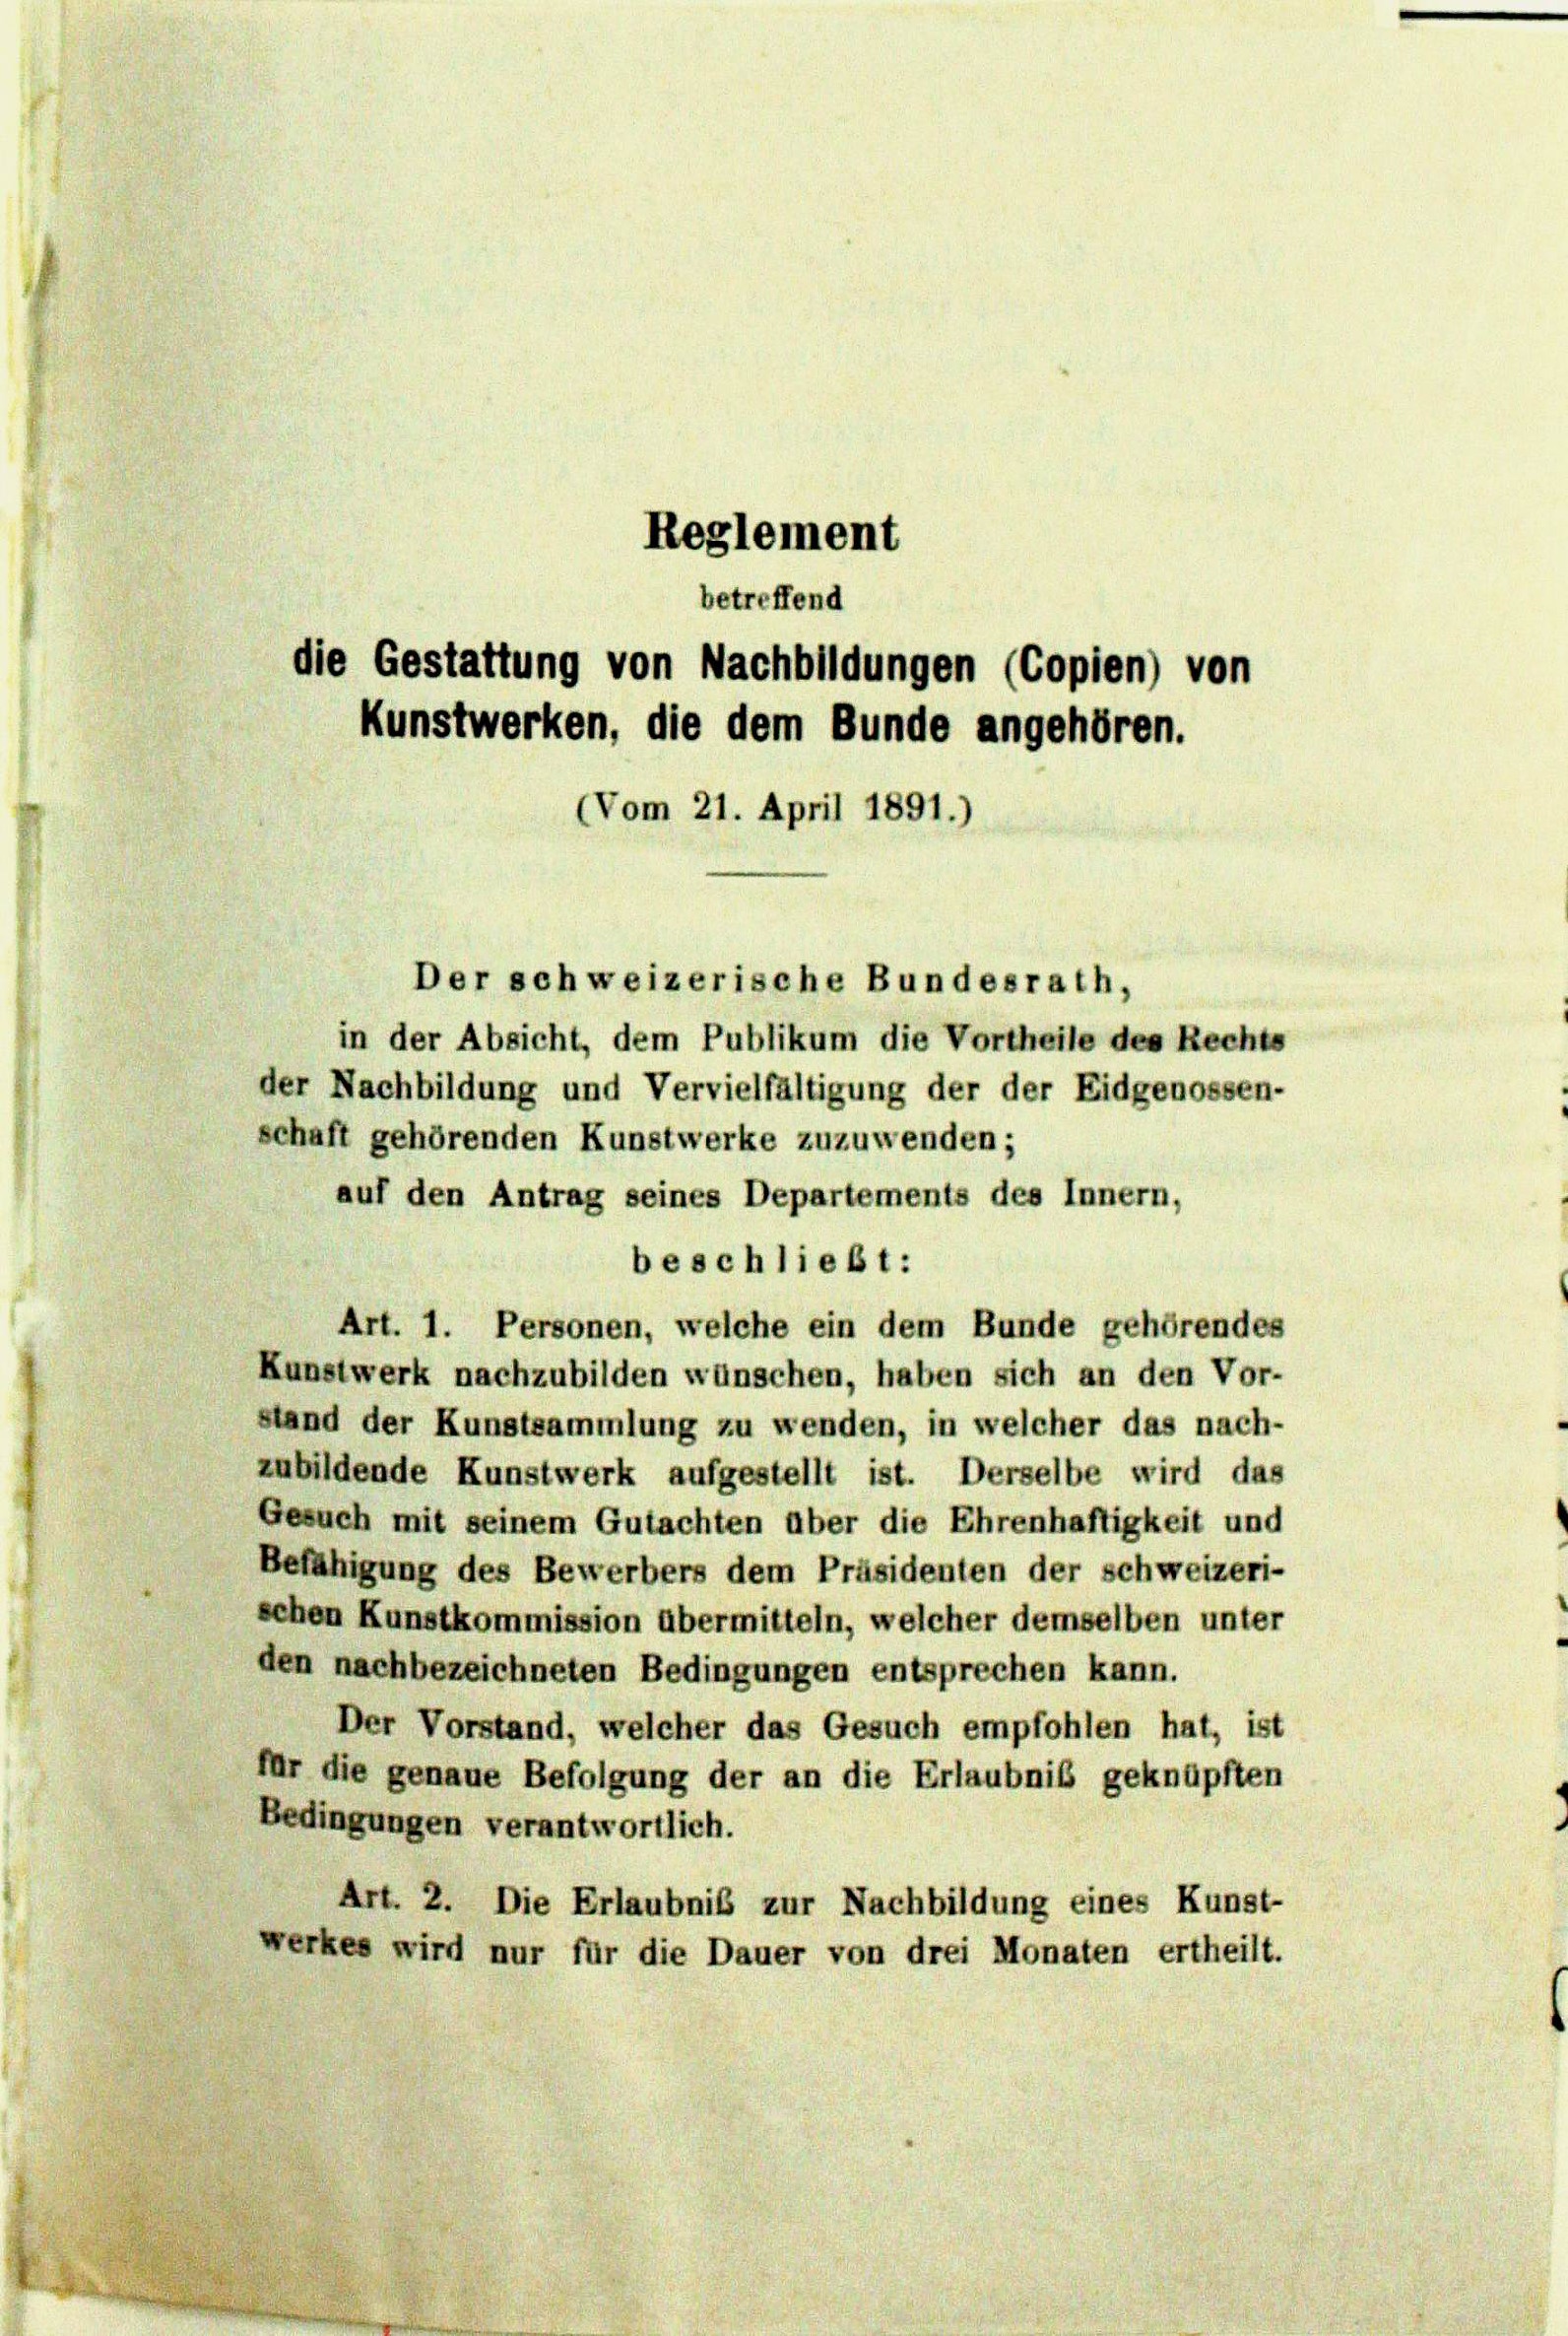
die Gestattung von Nachbildungen (Copien) von
Kunstwerken, die dem Bunde angehören.
(Vom 21. April 1891.)

Reglement
betreffend

beschließt:

Der schweizerische Bundesrath,
in der Absicht, dem Publikum die Vortheile des Rechts
der Nachbildung und Vervielfältigung der der Eidgenossen-
schaft gehörenden Kunstwerke zuzuwenden;
auf den Antrag seines Departements des Innern,
Art. 1. Personen, welche ein dem Bunde gehörendes
Kunstwerk nachzubilden wünschen, haben sich an den Vor-
stand der Kunstsammlung zu wenden, in welcher das nach-
zubildende Kunstwerk aufgestellt ist. Derselbe wird das
Gesuch mit seinem Gutachten über die Ehrenhaftigkeit und
Befähigung des Bewerbers dem Präsidenten der schweizeri-
sehen Kunstkommission übermitteln, welcher demselben unter
den nachbezeichneten Bedingungen entsprechen kann.
Der Vorstand, welcher das Gesuch empfohlen hat, ist
für die genaue Befolgung der an die Erlaubniß geknüpften
Bedingungen verantwortlich.
Art. 2. Die Erlaubniß zur Nachbildung eines Kunst-
werkes wird nur für die Dauer von drei Monaten ertheilt.